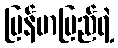
မြန်မာပြည်ရဲ့